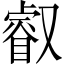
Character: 叡